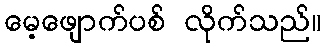
မေ့ဖျောက်ပစ် လိုက်သည်။